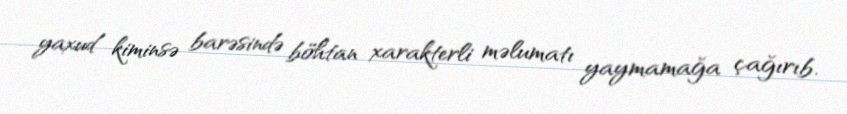
yaxud kiminsə barəsində böhtan xarakterli məlumatı yaymamağa çağırıb.